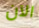
الآن